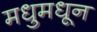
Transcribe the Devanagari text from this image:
मधुमधून